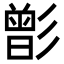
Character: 㣒